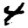
Digit: 4